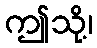
ဤသို့၊